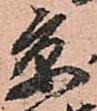
京